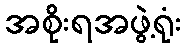
အစိုးရအဖွဲ့ရုံး